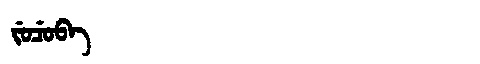
Manchu: ᠵᡠᠴᡠᠪᠠ
Romanization: JUCUBA